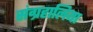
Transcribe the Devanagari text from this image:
संग्रहालिया